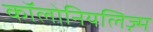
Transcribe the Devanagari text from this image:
कॉलोनियलिज़्म